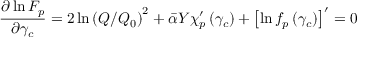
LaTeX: \frac { \partial \ln F _ { p } } { \partial \gamma _ { c } } = 2 \ln \left( Q / Q _ { 0 } \right) ^ { 2 } + \bar { \alpha } Y \chi _ { p } ^ { \prime } \left( \gamma _ { c } \right) + \left[ \ln f _ { p } \left( \gamma _ { c } \right) \right] ^ { \prime } = 0